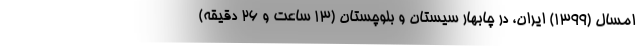
امسال (۱۳۹۹) ایران، در چابهار سیستان و بلوچستان (۱۳ ساعت و ۲۶ دقیقه)